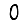
Digit: 0